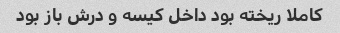
کاملا ریخته بود داخل کیسه و درش باز بود